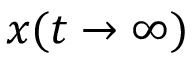
x ( t \to \infty )